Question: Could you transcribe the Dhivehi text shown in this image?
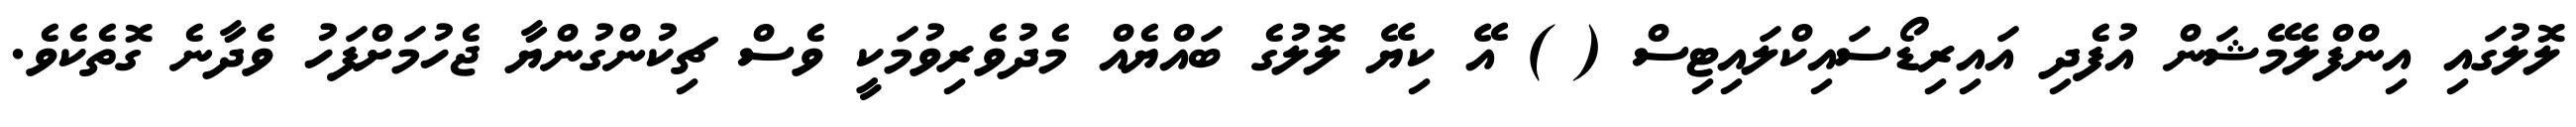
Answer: ލޮލުގައި އިންފްލެމޭޝަން އުފެދި އައިރިޑޯސައިކްލައިޓިސް ( ) އޭ ކިޔޭ ލޮލުގެ ބައްޔެއް މެދުވެރިވުމަކީ ވެސް ޗިކުންގުންޔާ ޖެހުމަށްފަހު ވެދާނެ ގޮތެކެވެ.